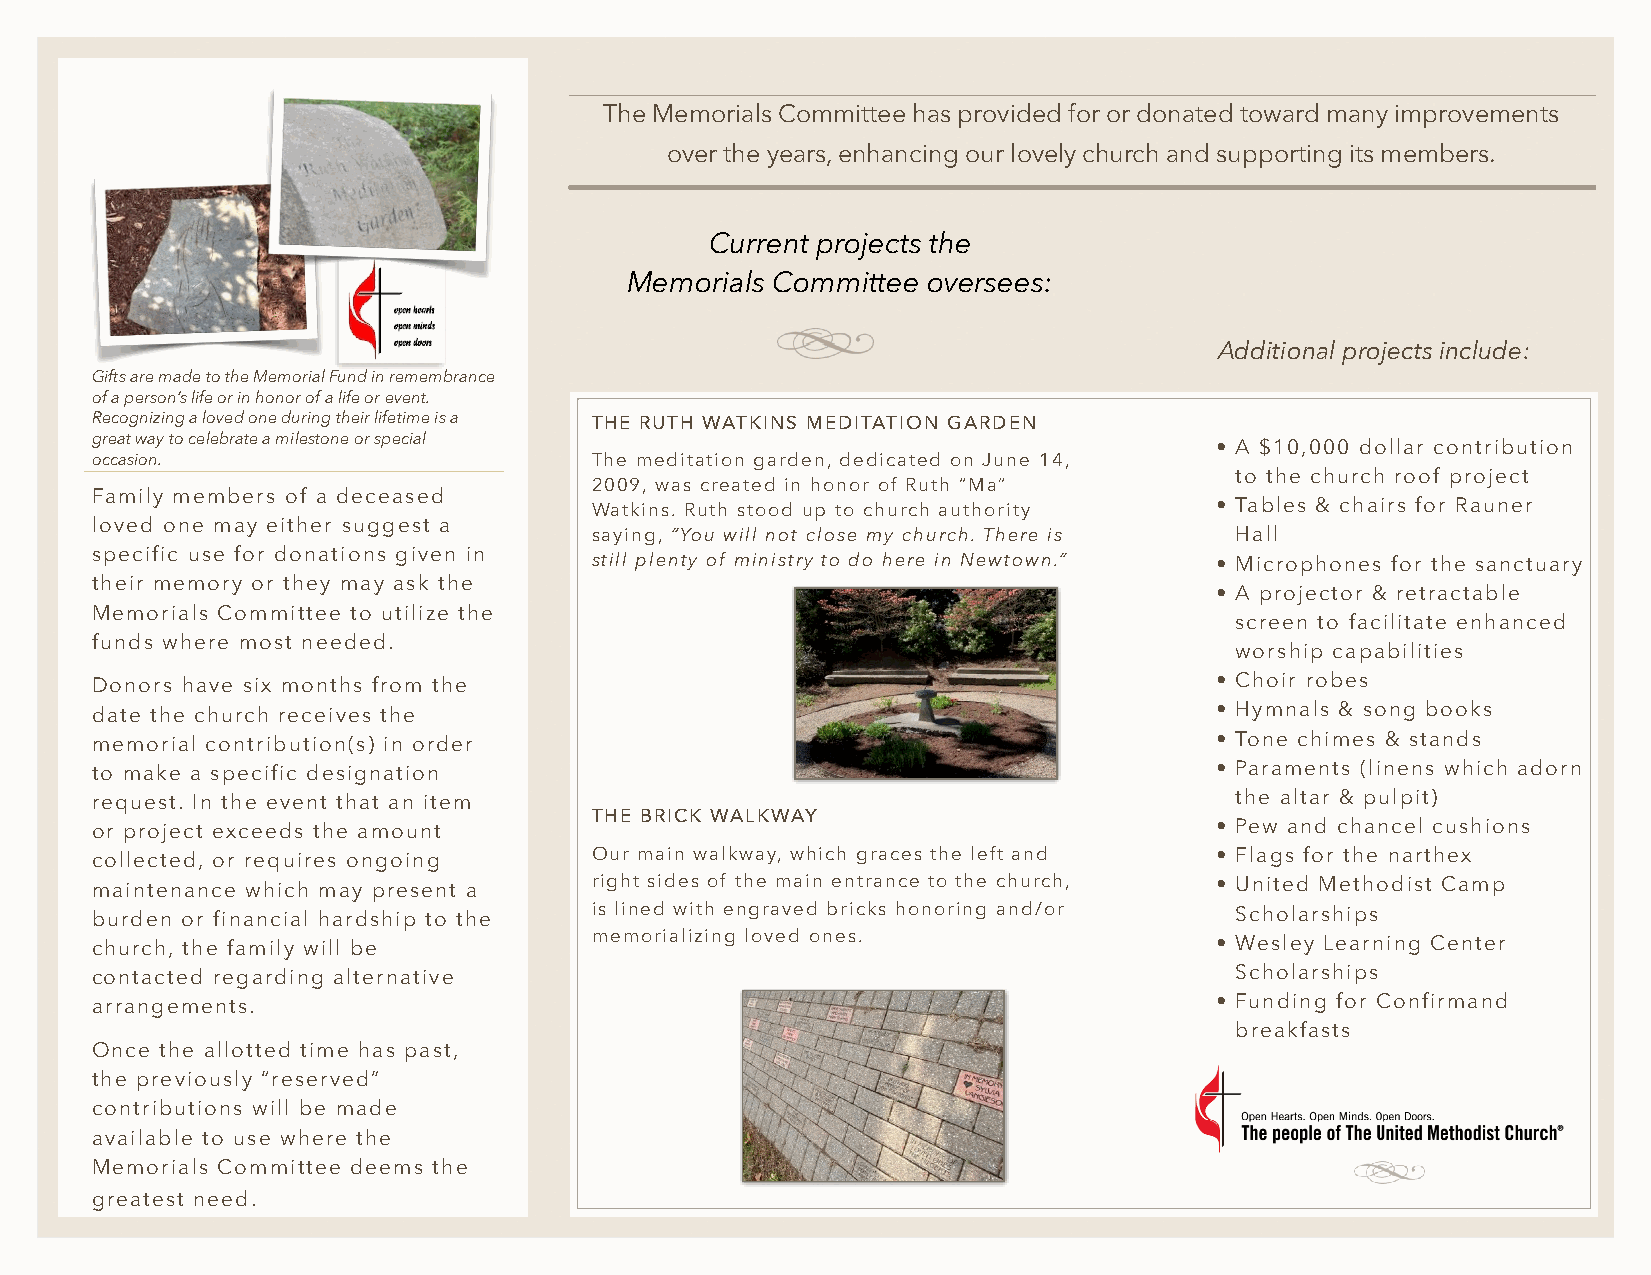
The Memorials Committee has provided for or donated toward many improvements
 over the years, enhancing our lovely church and supporting its members.
 Current projects the
 Memorials Committee oversees:
 Additional projects include:
 Gifts are made to the Memorial Fund in remembrance
 of a person’s life or in honor of a life or event.
 Recognizing a loved one during their lifetime is a THE RUTH WATKINS MEDITATION GARDEN
 great way to celebrate a milestone or special
 • A $10,000 dollar contribution
 occasion.                        The meditation garden, dedicated on June 14,
 to the church roof project
 2009, was created in honor of Ruth “Ma”
 Family members of a deceased
 Watkins. Ruth stood up to church authority • Tables & chairs for Rauner
 loved one may either suggest a
 saying, “You will not close my church. There is Hall
 specific use for donations given in still plenty of ministry to do here in Newtown.” • Microphones for the sanctuary
 their memory or they may ask the
 • A projector & retractable
 Memorials Committee to utilize the
 screen to facilitate enhanced
 funds where most needed.
 worship capabilities
 Donors have six months from the                                           • Choir robes
 date the church receives the                                              • Hymnals & song books
 memorial contribution(s) in order                                         • Tone chimes & stands
 to make a specific designation                                            • Paraments (linens which adorn
 request. In the event that an item                                          the altar & pulpit)
 THE BRICK WALKWAY
 or project exceeds the amount                                             • Pew and chancel cushions
 collected, or requires ongoing   Our main walkway, which graces the left and • Flags for the narthex
 maintenance which may present a  right sides of the main entrance to the church, • United Methodist Camp
 burden or financial hardship to the is lined with engraved bricks honoring and/or Scholarships
 church, the family will be       memorializing loved ones.                • Wesley Learning Center
 contacted regarding alternative                                             Scholarships
 arrangements.                                                             • Funding for Confirmand
 breakfasts
 Once the allotted time has past,
 the previously “reserved”
 contributions will be made
 available to use where the
 Memorials Committee deems the
 greatest need.